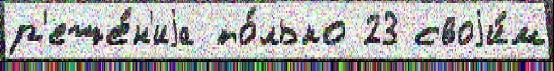
р'еше́н'иjа то́лько 23 своjи́м